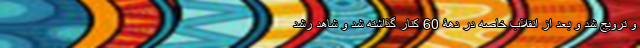
و ترویج شد و بعد از انقلاب خاصه در دهۀ 60 کنار گذاشته شد و شاهد رشد